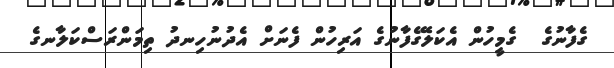
ގެފާނުގެ  ގެމީހުން އެކަލޭގެފާނުގެ އަރިހުން ފެނަށް އެދުނުހިނދު ތިމަންރަސްކަލާނގެ